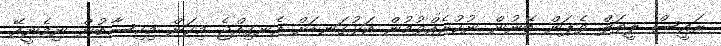
ރައީސް ލީތަލް ވެޕަން ބޭނުން ނުކުރެއްވުމުން އަޅުގަނޑަށް އެނގިއްޖެ މިކަން މިހިސާބުން ނިމެނީއޭ.